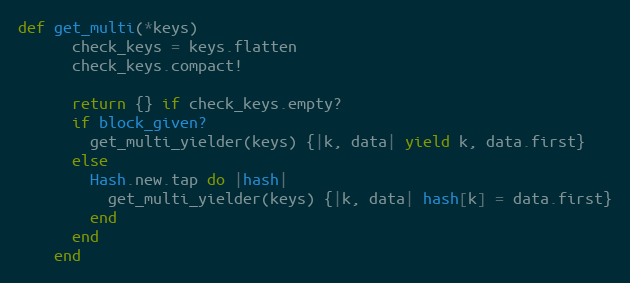
Language: Ruby
def get_multi(*keys)
      check_keys = keys.flatten
      check_keys.compact!

      return {} if check_keys.empty?
      if block_given?
        get_multi_yielder(keys) {|k, data| yield k, data.first}
      else
        Hash.new.tap do |hash|
          get_multi_yielder(keys) {|k, data| hash[k] = data.first}
        end
      end
    end